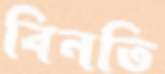
বিনতি